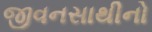
જીવનસાથીનો